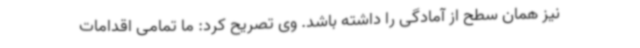
نیز همان سطح از آمادگی را داشته باشد. وی تصریح کرد: ما تمامی اقدامات